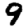
Digit: 9